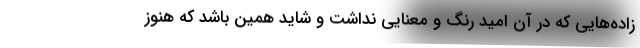
زاده‌هایی که در آن امید رنگ و معنایی نداشت و شاید همین باشد که هنوز